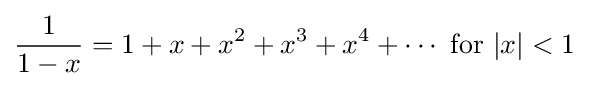
{\frac {1}{1-x}}=1+x+x^{2}+x^{3}+x^{4}+\cdots {\text{ for }}|x|<1